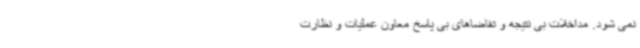
نمی شود. مداخلات بی نتیجه و تقاضاهای بی پاسخ معاون عملیات و نظارت